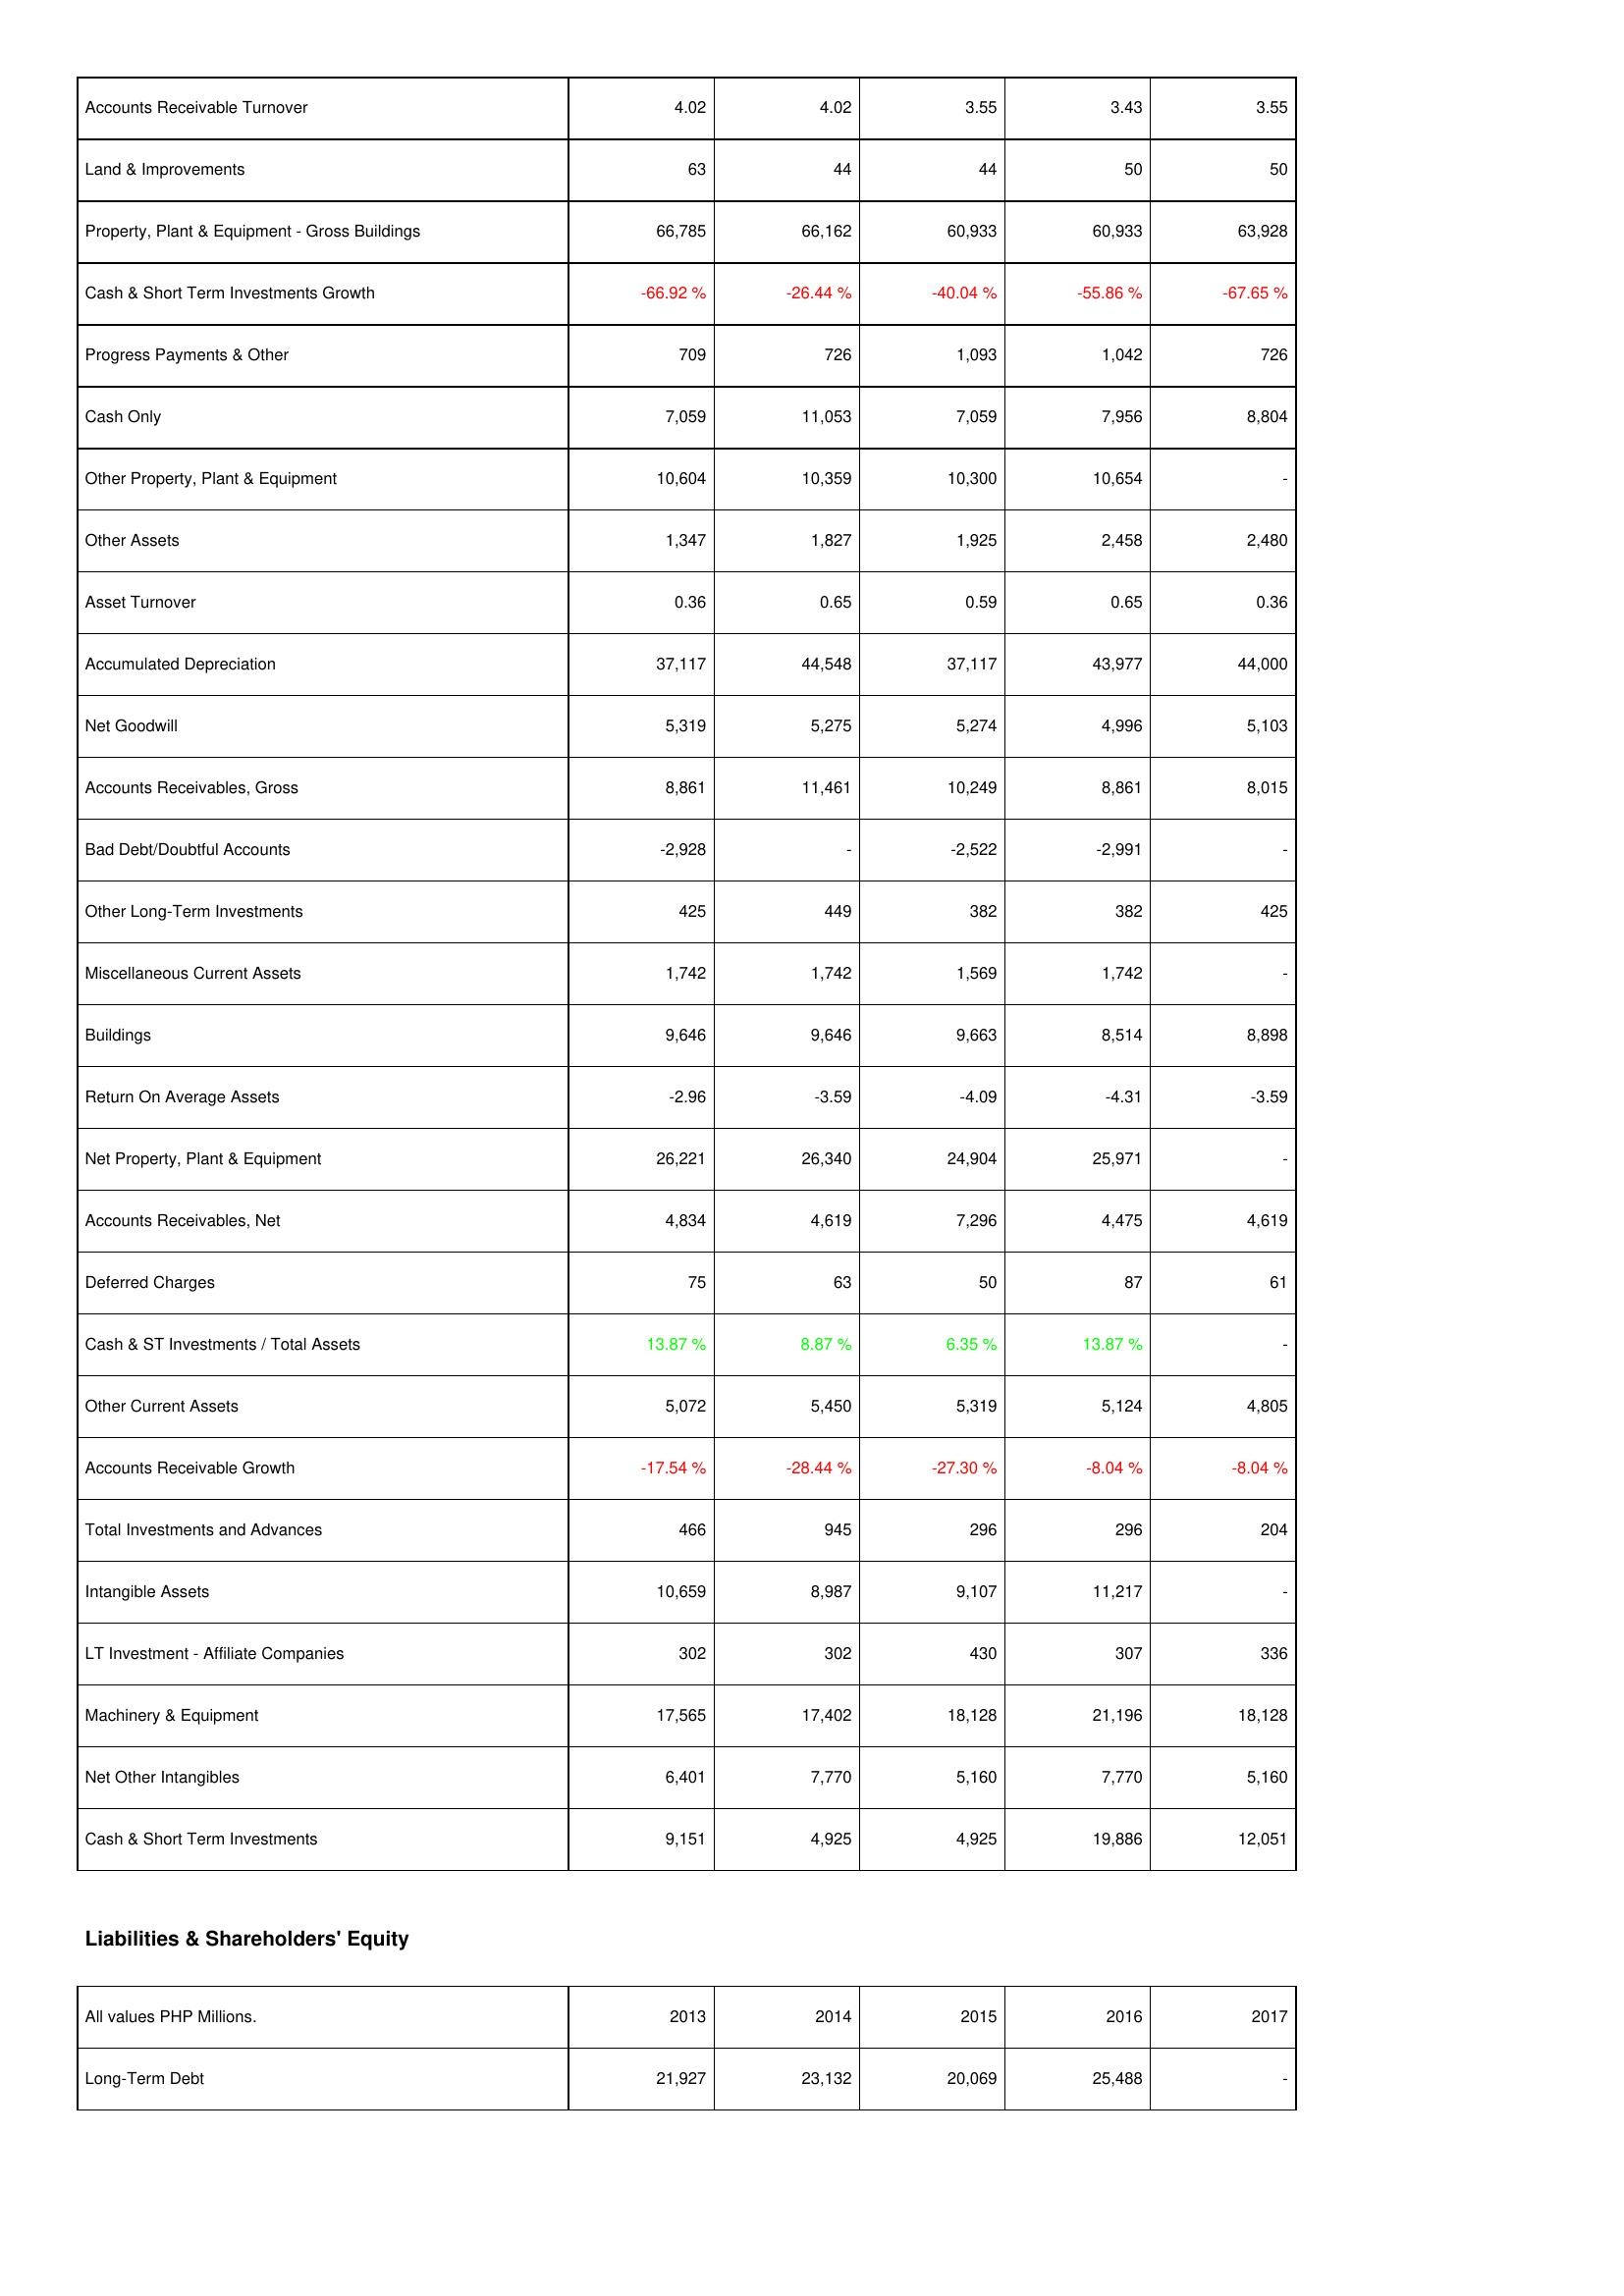
2013: Assets: Accounts Receivable Turnover: 4.02
Land & Improvements: 63
Property, Plant & Equipment - Gross Buildings: 66,785
Cash & Short Term Investments Growth: -66.92 %
Progress Payments & Other: 709
Cash Only: 7,059
Other Property, Plant & Equipment: 10,604
Other Assets: 1,347
Asset Turnover: 0.36
Accumulated Depreciation: 37,117
Net Goodwill: 5,319
Accounts Receivables, Gross: 8,861
Bad Debt/Doubtful Accounts: -2,928
Other Long-Term Investments: 425
Miscellaneous Current Assets: 1,742
Buildings: 9,646
Return On Average Assets: -2.96
Net Property, Plant & Equipment: 26,221
Accounts Receivables, Net: 4,834
Deferred Charges: 75
Cash & ST Investments / Total Assets: 13.87 %
Other Current Assets: 5,072
Accounts Receivable Growth: -17.54 %
Total Investments and Advances: 466
Intangible Assets: 10,659
LT Investment - Affiliate Companies: 302
Machinery & Equipment: 17,565
Net Other Intangibles: 6,401
Cash & Short Term Investments: 9,151
Liabilities & Shareholders' Equity: Long-Term Debt: 21,927
2014: Assets: Accounts Receivable Turnover: 4.02
Land & Improvements: 44
Property, Plant & Equipment - Gross Buildings: 66,162
Cash & Short Term Investments Growth: -26.44 %
Progress Payments & Other: 726
Cash Only: 11,053
Other Property, Plant & Equipment: 10,359
Other Assets: 1,827
Asset Turnover: 0.65
Accumulated Depreciation: 44,548
Net Goodwill: 5,275
Accounts Receivables, Gross: 11,461
Bad Debt/Doubtful Accounts: -
Other Long-Term Investments: 449
Miscellaneous Current Assets: 1,742
Buildings: 9,646
Return On Average Assets: -3.59
Net Property, Plant & Equipment: 26,340
Accounts Receivables, Net: 4,619
Deferred Charges: 63
Cash & ST Investments / Total Assets: 8.87 %
Other Current Assets: 5,450
Accounts Receivable Growth: -28.44 %
Total Investments and Advances: 945
Intangible Assets: 8,987
LT Investment - Affiliate Companies: 302
Machinery & Equipment: 17,402
Net Other Intangibles: 7,770
Cash & Short Term Investments: 4,925
Liabilities & Shareholders' Equity: Long-Term Debt: 23,132
2015: Assets: Accounts Receivable Turnover: 3.55
Land & Improvements: 44
Property, Plant & Equipment - Gross Buildings: 60,933
Cash & Short Term Investments Growth: -40.04 %
Progress Payments & Other: 1,093
Cash Only: 7,059
Other Property, Plant & Equipment: 10,300
Other Assets: 1,925
Asset Turnover: 0.59
Accumulated Depreciation: 37,117
Net Goodwill: 5,274
Accounts Receivables, Gross: 10,249
Bad Debt/Doubtful Accounts: -2,522
Other Long-Term Investments: 382
Miscellaneous Current Assets: 1,569
Buildings: 9,663
Return On Average Assets: -4.09
Net Property, Plant & Equipment: 24,904
Accounts Receivables, Net: 7,296
Deferred Charges: 50
Cash & ST Investments / Total Assets: 6.35 %
Other Current Assets: 5,319
Accounts Receivable Growth: -27.30 %
Total Investments and Advances: 296
Intangible Assets: 9,107
LT Investment - Affiliate Companies: 430
Machinery & Equipment: 18,128
Net Other Intangibles: 5,160
Cash & Short Term Investments: 4,925
Liabilities & Shareholders' Equity: Long-Term Debt: 20,069
2016: Assets: Accounts Receivable Turnover: 3.43
Land & Improvements: 50
Property, Plant & Equipment - Gross Buildings: 60,933
Cash & Short Term Investments Growth: -55.86 %
Progress Payments & Other: 1,042
Cash Only: 7,956
Other Property, Plant & Equipment: 10,654
Other Assets: 2,458
Asset Turnover: 0.65
Accumulated Depreciation: 43,977
Net Goodwill: 4,996
Accounts Receivables, Gross: 8,861
Bad Debt/Doubtful Accounts: -2,991
Other Long-Term Investments: 382
Miscellaneous Current Assets: 1,742
Buildings: 8,514
Return On Average Assets: -4.31
Net Property, Plant & Equipment: 25,971
Accounts Receivables, Net: 4,475
Deferred Charges: 87
Cash & ST Investments / Total Assets: 13.87 %
Other Current Assets: 5,124
Accounts Receivable Growth: -8.04 %
Total Investments and Advances: 296
Intangible Assets: 11,217
LT Investment - Affiliate Companies: 307
Machinery & Equipment: 21,196
Net Other Intangibles: 7,770
Cash & Short Term Investments: 19,886
Liabilities & Shareholders' Equity: Long-Term Debt: 25,488
2017: Assets: Accounts Receivable Turnover: 3.55
Land & Improvements: 50
Property, Plant & Equipment - Gross Buildings: 63,928
Cash & Short Term Investments Growth: -67.65 %
Progress Payments & Other: 726
Cash Only: 8,804
Other Property, Plant & Equipment: -
Other Assets: 2,480
Asset Turnover: 0.36
Accumulated Depreciation: 44,000
Net Goodwill: 5,103
Accounts Receivables, Gross: 8,015
Bad Debt/Doubtful Accounts: -
Other Long-Term Investments: 425
Miscellaneous Current Assets: -
Buildings: 8,898
Return On Average Assets: -3.59
Net Property, Plant & Equipment: -
Accounts Receivables, Net: 4,619
Deferred Charges: 61
Cash & ST Investments / Total Assets: -
Other Current Assets: 4,805
Accounts Receivable Growth: -8.04 %
Total Investments and Advances: 204
Intangible Assets: -
LT Investment - Affiliate Companies: 336
Machinery & Equipment: 18,128
Net Other Intangibles: 5,160
Cash & Short Term Investments: 12,051
Liabilities & Shareholders' Equity: Long-Term Debt: -